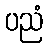
ပညံ